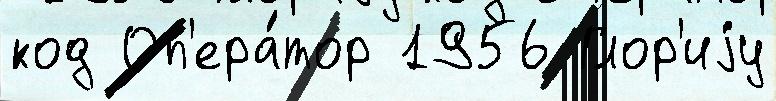
код Оп'ера́тор 1956 Глор'иjу